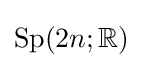
\mathrm {Sp} (2n;\mathbb {R} )